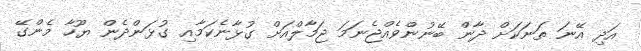
އަދި އޭނަ ތަނަކަށް ދާން ބޭނުންވެއްޖެނަމަ ޖަމާލްއަށް ގުޅާނެކަމާއި ގުޅަންދެން ޔޫހާ މެންގޭ